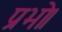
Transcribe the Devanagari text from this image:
प्रभो।